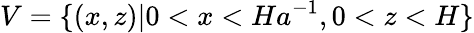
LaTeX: V=\{ (x,z)|0<x<Ha^{-1},0<z<H\}